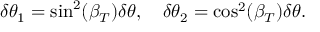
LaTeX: \delta \theta _ { 1 } = \sin ^ { 2 } ( \beta _ { T } ) \delta \theta , \quad \delta \theta _ { 2 } = \cos ^ { 2 } ( \beta _ { T } ) \delta \theta .